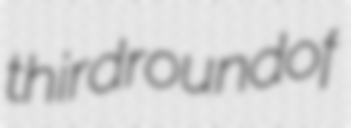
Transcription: third round of